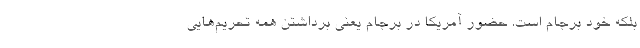
بلکه خود برجام است. حضور آمریکا در برجام یعنی برداشتن همه تحریم‌هایی